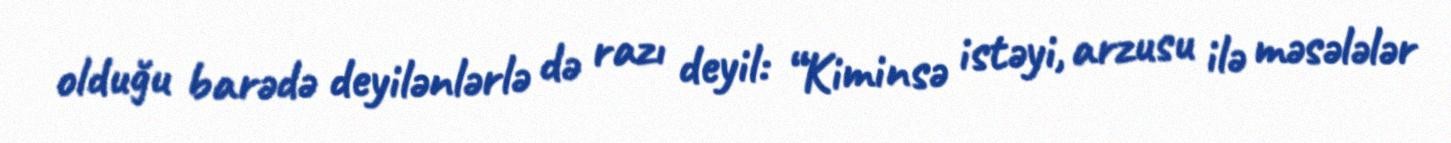
olduğu barədə deyilənlərlə də razı deyil: “Kiminsə istəyi, arzusu ilə məsələlər